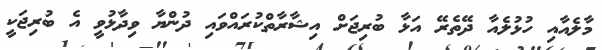
މާލެއާއި ހުޅުލެއާ ދޭތެރޭ އަޅާ ބުރިޖަށް އިޝާރާތްކުރައްވައި ދުންޔާ ވިދާޅުވީ އެ ބުރިޖަކީ